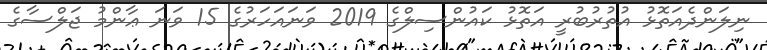
ނިލަންދެއަތޮޅު އުތުރުބުރީ އަތޮޅު ކައުންސިލްގެ 2019 ވަނައަހަރުގެ 15 ވަނަ ޢާންމު ޖަލްސާގެ